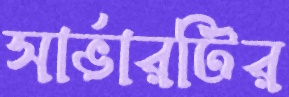
সার্ভারটির